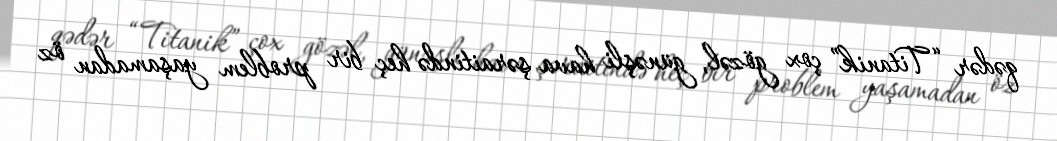
qədər “Titanik” çox gözəl, günəşli hava şəraitində heç bir problem yaşamadan öz